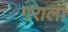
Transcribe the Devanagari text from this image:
गराला